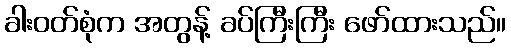
ခါးဝတ်စုံက အတွန့် ခပ်ကြီးကြီး ဖော်ထားသည်။